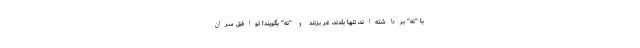
با "نه" برداشته‌اند، تنها بلدند، غُر بزنند و "نه" بگویند! توافق سران